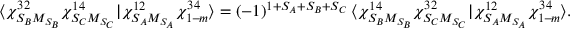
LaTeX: \langle \chi _ { S _ { B } M _ { S _ { B } } } ^ { 3 2 } \chi _ { S _ { C } M _ { S _ { C } } } ^ { 1 4 } | \chi _ { S _ { A } M _ { S _ { A } } } ^ { 1 2 } \chi _ { 1 - \! m } ^ { 3 4 } \rangle = ( - 1 ) ^ { 1 + S _ { A } + S _ { B } + S _ { C } } \: \langle \chi _ { S _ { B } M _ { S _ { B } } } ^ { 1 4 } \chi _ { S _ { C } M _ { S _ { C } } } ^ { 3 2 } | \chi _ { S _ { A } M _ { S _ { A } } } ^ { 1 2 } \chi _ { 1 - \! m } ^ { 3 4 } \rangle .